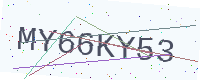
Text: MY66KY53